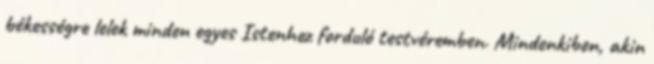
békességre lelek minden egyes Istenhez forduló testvéremben. Mindenkiben, akin